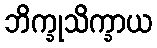
ဘိက္ခုသိက္ခာယ